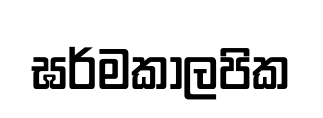
ඝර්මකාලපික